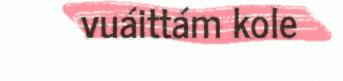
vuáittám kole